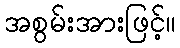
အစွမ်းအားဖြင့်။